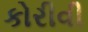
કોરીવી